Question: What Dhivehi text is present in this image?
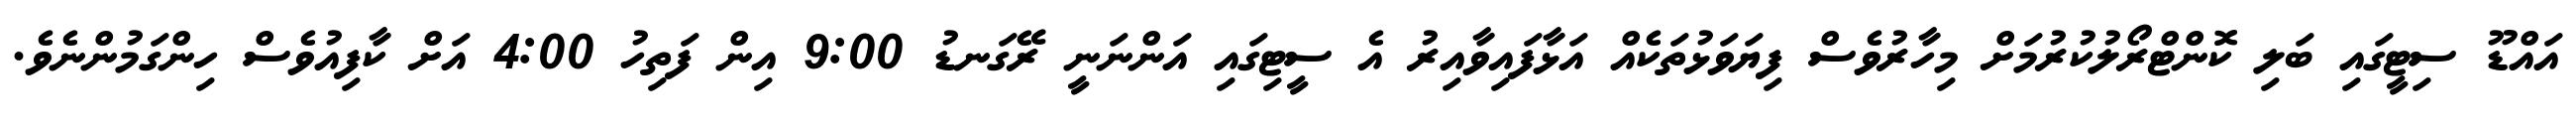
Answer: އައްޑޫ ސިޓީގައި ބަލި ކޮންޓްރޯލުކުރުމަށް މިހާރުވެސް ފިޔަވަޅުތަކެއް އަޅާފައިވާއިރު އެ ސީޓިގައި އަންނަނީ ރޭގަނޑު 9:00 އިން ފަތިހު 4:00 އަށް ކާފިއުވެސް ހިންގަމުންނެވެ.